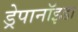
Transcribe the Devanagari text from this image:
ड्रेपानॉइडा